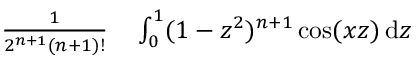
\begin{array} { r l } { { \frac { 1 } { 2 ^ { n + 1 } ( n + 1 ) ! } } } & { { } \int _ { 0 } ^ { 1 } ( 1 - z ^ { 2 } ) ^ { n + 1 } \cos ( x z ) \, \mathrm { d } z } \end{array}